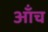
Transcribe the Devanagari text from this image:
ऑंच